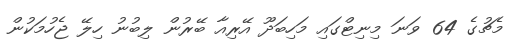
މެޗުގެ 64 ވަނަ މިނިޓްގައި މަހިބަދޫ އޭރިއާ ބޭރުން ލިބުނު ހިލޭ ޖެހުމަކުން